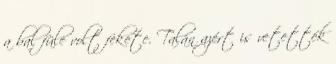
a bal füle volt fekete. Talán azért is vetették